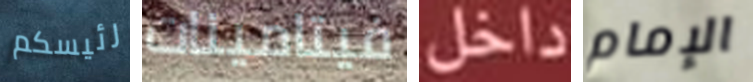
رئيسكم فيتامينات داخل الإمام